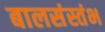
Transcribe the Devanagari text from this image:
बालसंस्तंभ